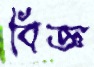
বিজ্ঞ